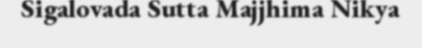
Sigalovada Sutta Majjhima Nikya